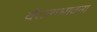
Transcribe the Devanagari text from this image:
वैराग्यभावना